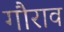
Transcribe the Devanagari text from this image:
गौराव